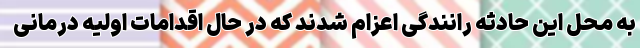
به محل این حادثه رانندگی اعزام شدند که در حال اقدامات اولیه درمانی